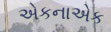
એકનાએક